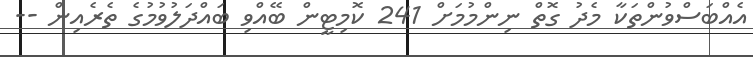
އެއްބަސްވުންތަކާ މެދު ގޮތް ނިންމުމަށް 241 ކޮމިޓީން ބޭއްވި ބައްދަލުވުމުގެ ތެރެއިން --